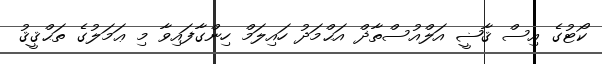
ކޯޓުގެ އިސް ޤާޟީ އަލްއުސްތާޛް އަޙްމަދު ހައިލަމް ހިންގާފައިވާ މި ޢަމަލުގެ ތަޙްޤީޤު